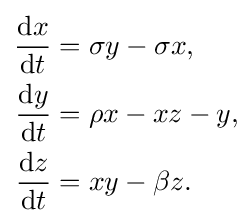
{\begin{aligned}{\frac {\mathrm {d} x}{\mathrm {d} t}}&=\sigma y-\sigma x,\\{\frac {\mathrm {d} y}{\mathrm {d} t}}&=\rho x-xz-y,\\{\frac {\mathrm {d} z}{\mathrm {d} t}}&=xy-\beta z.\end{aligned}}